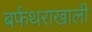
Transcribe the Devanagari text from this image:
बर्फथराखाली